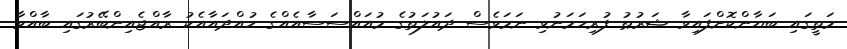
މަތީގައި ބަޔާންކޮށްފައިވާ ޝަރުޠު ފުރިހަމަނުވި ނަމަވެސް ދައުލަތުގެ މުއައްސަސާއެއްގެ ހުއްދައާއެކު ރާއްޖެއިންބޭރުގައި ބާއްވާ